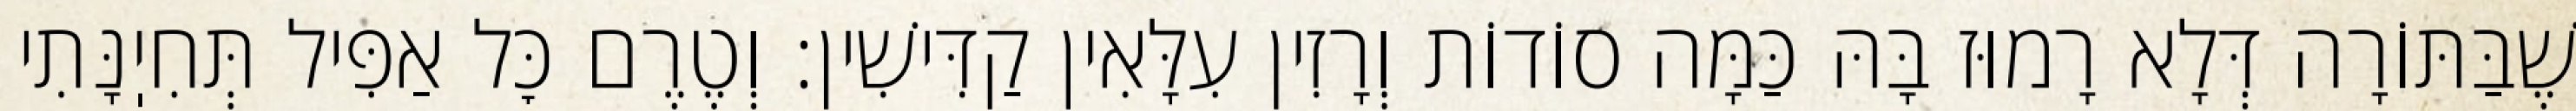
שֶׁבַּתּוֹרָה דְּלָא רָמוּז בָּהּ כַּמָּה סוֹדוֹת וְרָזִין עִלָּאִין קַדִּישִׁין: וְטֶרֶם כׇּל אַפִּיל תְּחִיֽנָּתִי